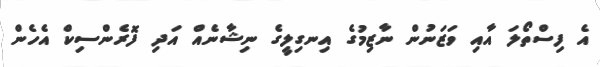
އެ ފިސްތޯލަ އާއި ވަޒަނުން ނާޒިމުގެ އިނގިލީގެ ނިޝާނެއް އަދި ފޮރެންސިކް އެހެން